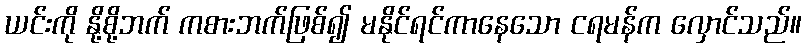
ယင်းကို နို့စို့ဘက် ကစားဘက်ဖြစ်၍ မနိုင်ရင်ကာနေသော ငရမန်က လှောင်သည်။